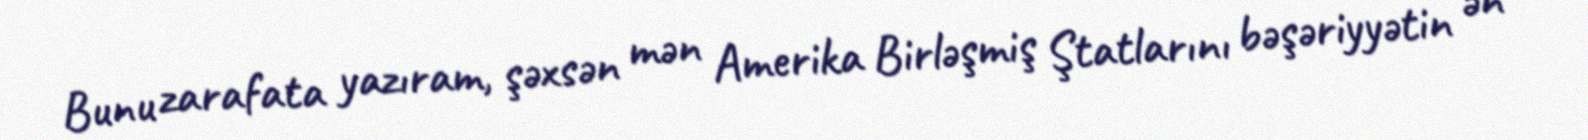
Bunu zarafata yazıram, şəxsən mən Amerika Birləşmiş Ştatlarını bəşəriyyətin ən